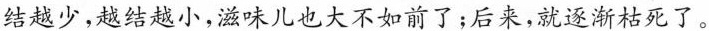
结越少，越结越小，滋味儿也大不如前了；后来，就逐渐枯死了。